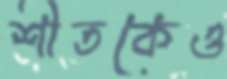
শীতকেও